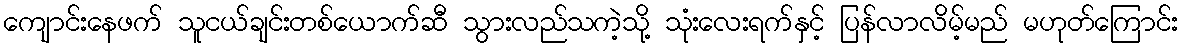
ကျောင်းနေဖက် သူငယ်ချင်းတစ်ယောက်ဆီ သွားလည်သကဲ့သို့ သုံးလေးရက်နှင့် ပြန်လာလိမ့်မည် မဟုတ်ကြောင်း